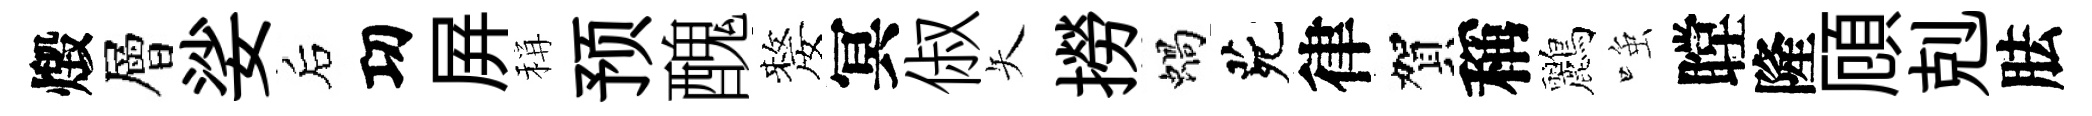
燬層娑后㓛屛稱预醜嫠冥俶矢撈蝸茕律賀稱鸝𫪻瞠隆頋剋胠